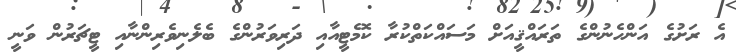
އެ ރަށުގެ އަންހެނުންގެ ތަރައްޤީއަށް މަސައްކަތްކުރާ ކޮމެޓީއާއި ދަރިވަރުންގެ ބެލެނިވެރިންނާއި ޓީޗަރުން ވަނީ